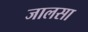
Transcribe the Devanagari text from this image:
जालसा